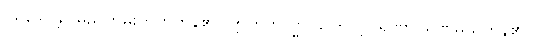
ပရိဒေဝန္တိ၊ မြည်တမ်းတတ်ကုန်၏။ ဣတိတသ္မာ၊ ကြောင့်။ ရဏာ၊ ရဏမည်ကုန်၏။